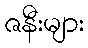
ဇနီးများ